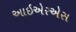
આઇએરએસ